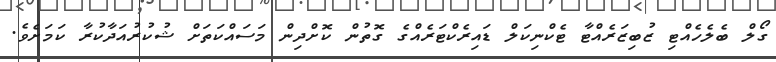
ގޯލް ބެލެހެއްޓި ޒުބިޒަރެއްޓާ ޓެކްނިކަލް ޑައިރެކްޓަރެއްގެ ގޮތުން ކޮށްދިން މަސައްކަތަށް ޝުކުރުއަދާކުރާ ކަމަށެވެ.